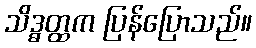
သိဒ္ဓတ္ထက ပြန်ပြောသည်။